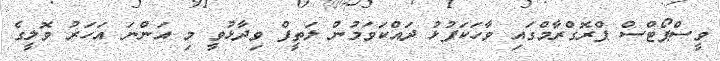
ވީސްޕޯޓްސް ޕްރޮގްރާމްގައި ވާހަކަފުޅު ދައްކަވަމުން ލަތީފް ވިދާޅުވީ މި އަންނަ އަހަރު ވޮލީގެ